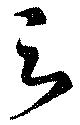
與